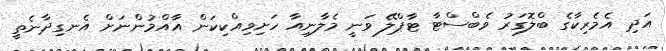
އަދި އެމެރިކާގެ ބްލޮގަރު ވެބްސްޓާ ޓާޕްލޭ ވަނީ މެލާނިއާ ހަށިވިއްކިކަން އާއްމުންނަށް އެނގިދާނެތީ